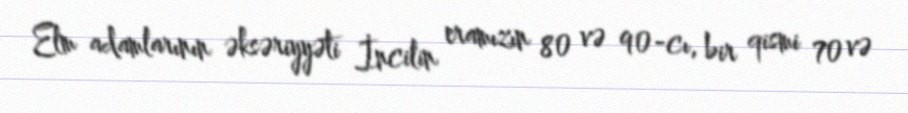
Elm adamlarının əksəriyyəti İncilin eramızın 80 və 90-cı, bir qismi 70 və